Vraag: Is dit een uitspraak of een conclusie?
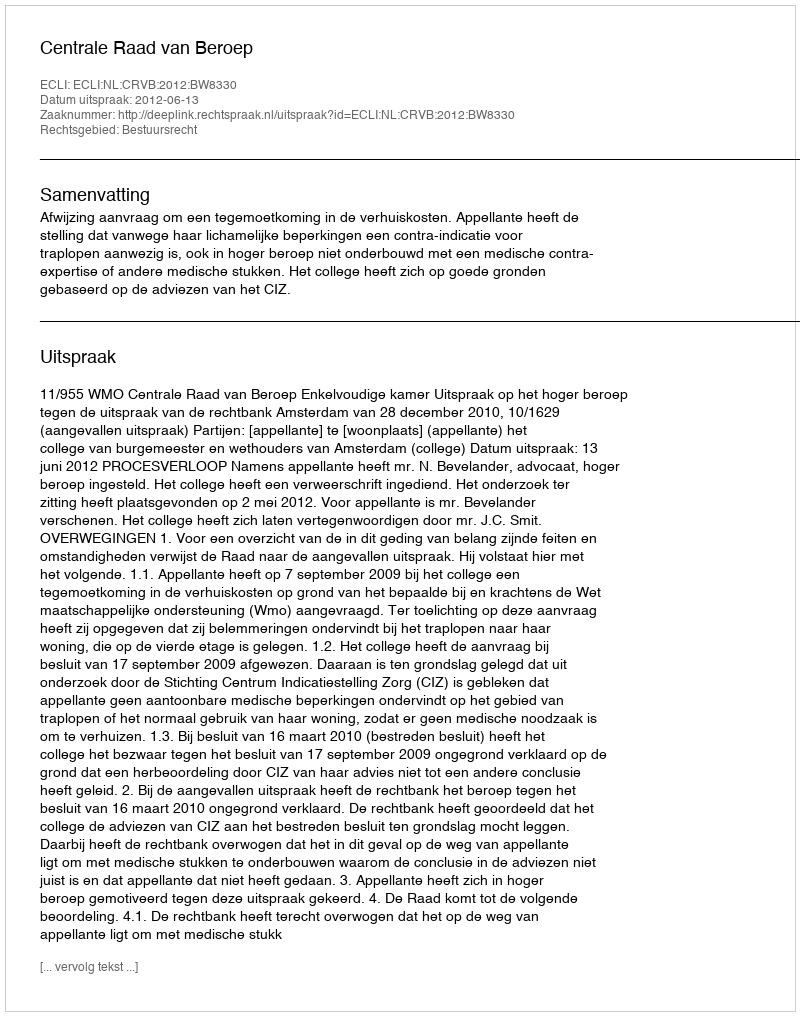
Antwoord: Uitspraak